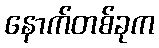
နောက်တစ်ခုက